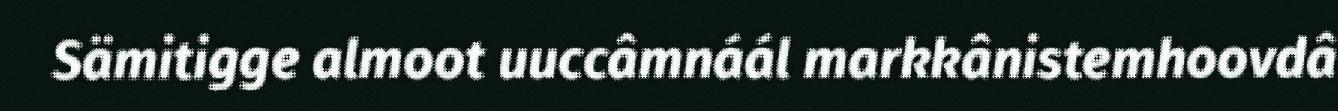
Sämitigge almoot uuccâmnáál markkânistemhoovdâ